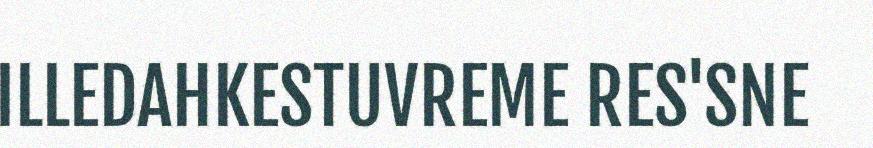
ILLEDAHKESTUVREME RES'SNE